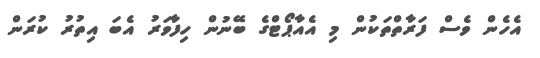
އެެހެން ވެސް ފަރާތްތަކުން މި އެއާޕޯޓްގެ ބޭނުން ހިފާވަރު އެބަ އިތުރު ކުރަން